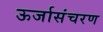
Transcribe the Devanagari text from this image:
ऊर्जासंचरण